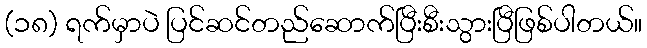
(၁၈) ရက်မှာပဲ ပြင်ဆင်တည်ဆောက်ပြီးစီးသွားပြီဖြစ်ပါတယ်။